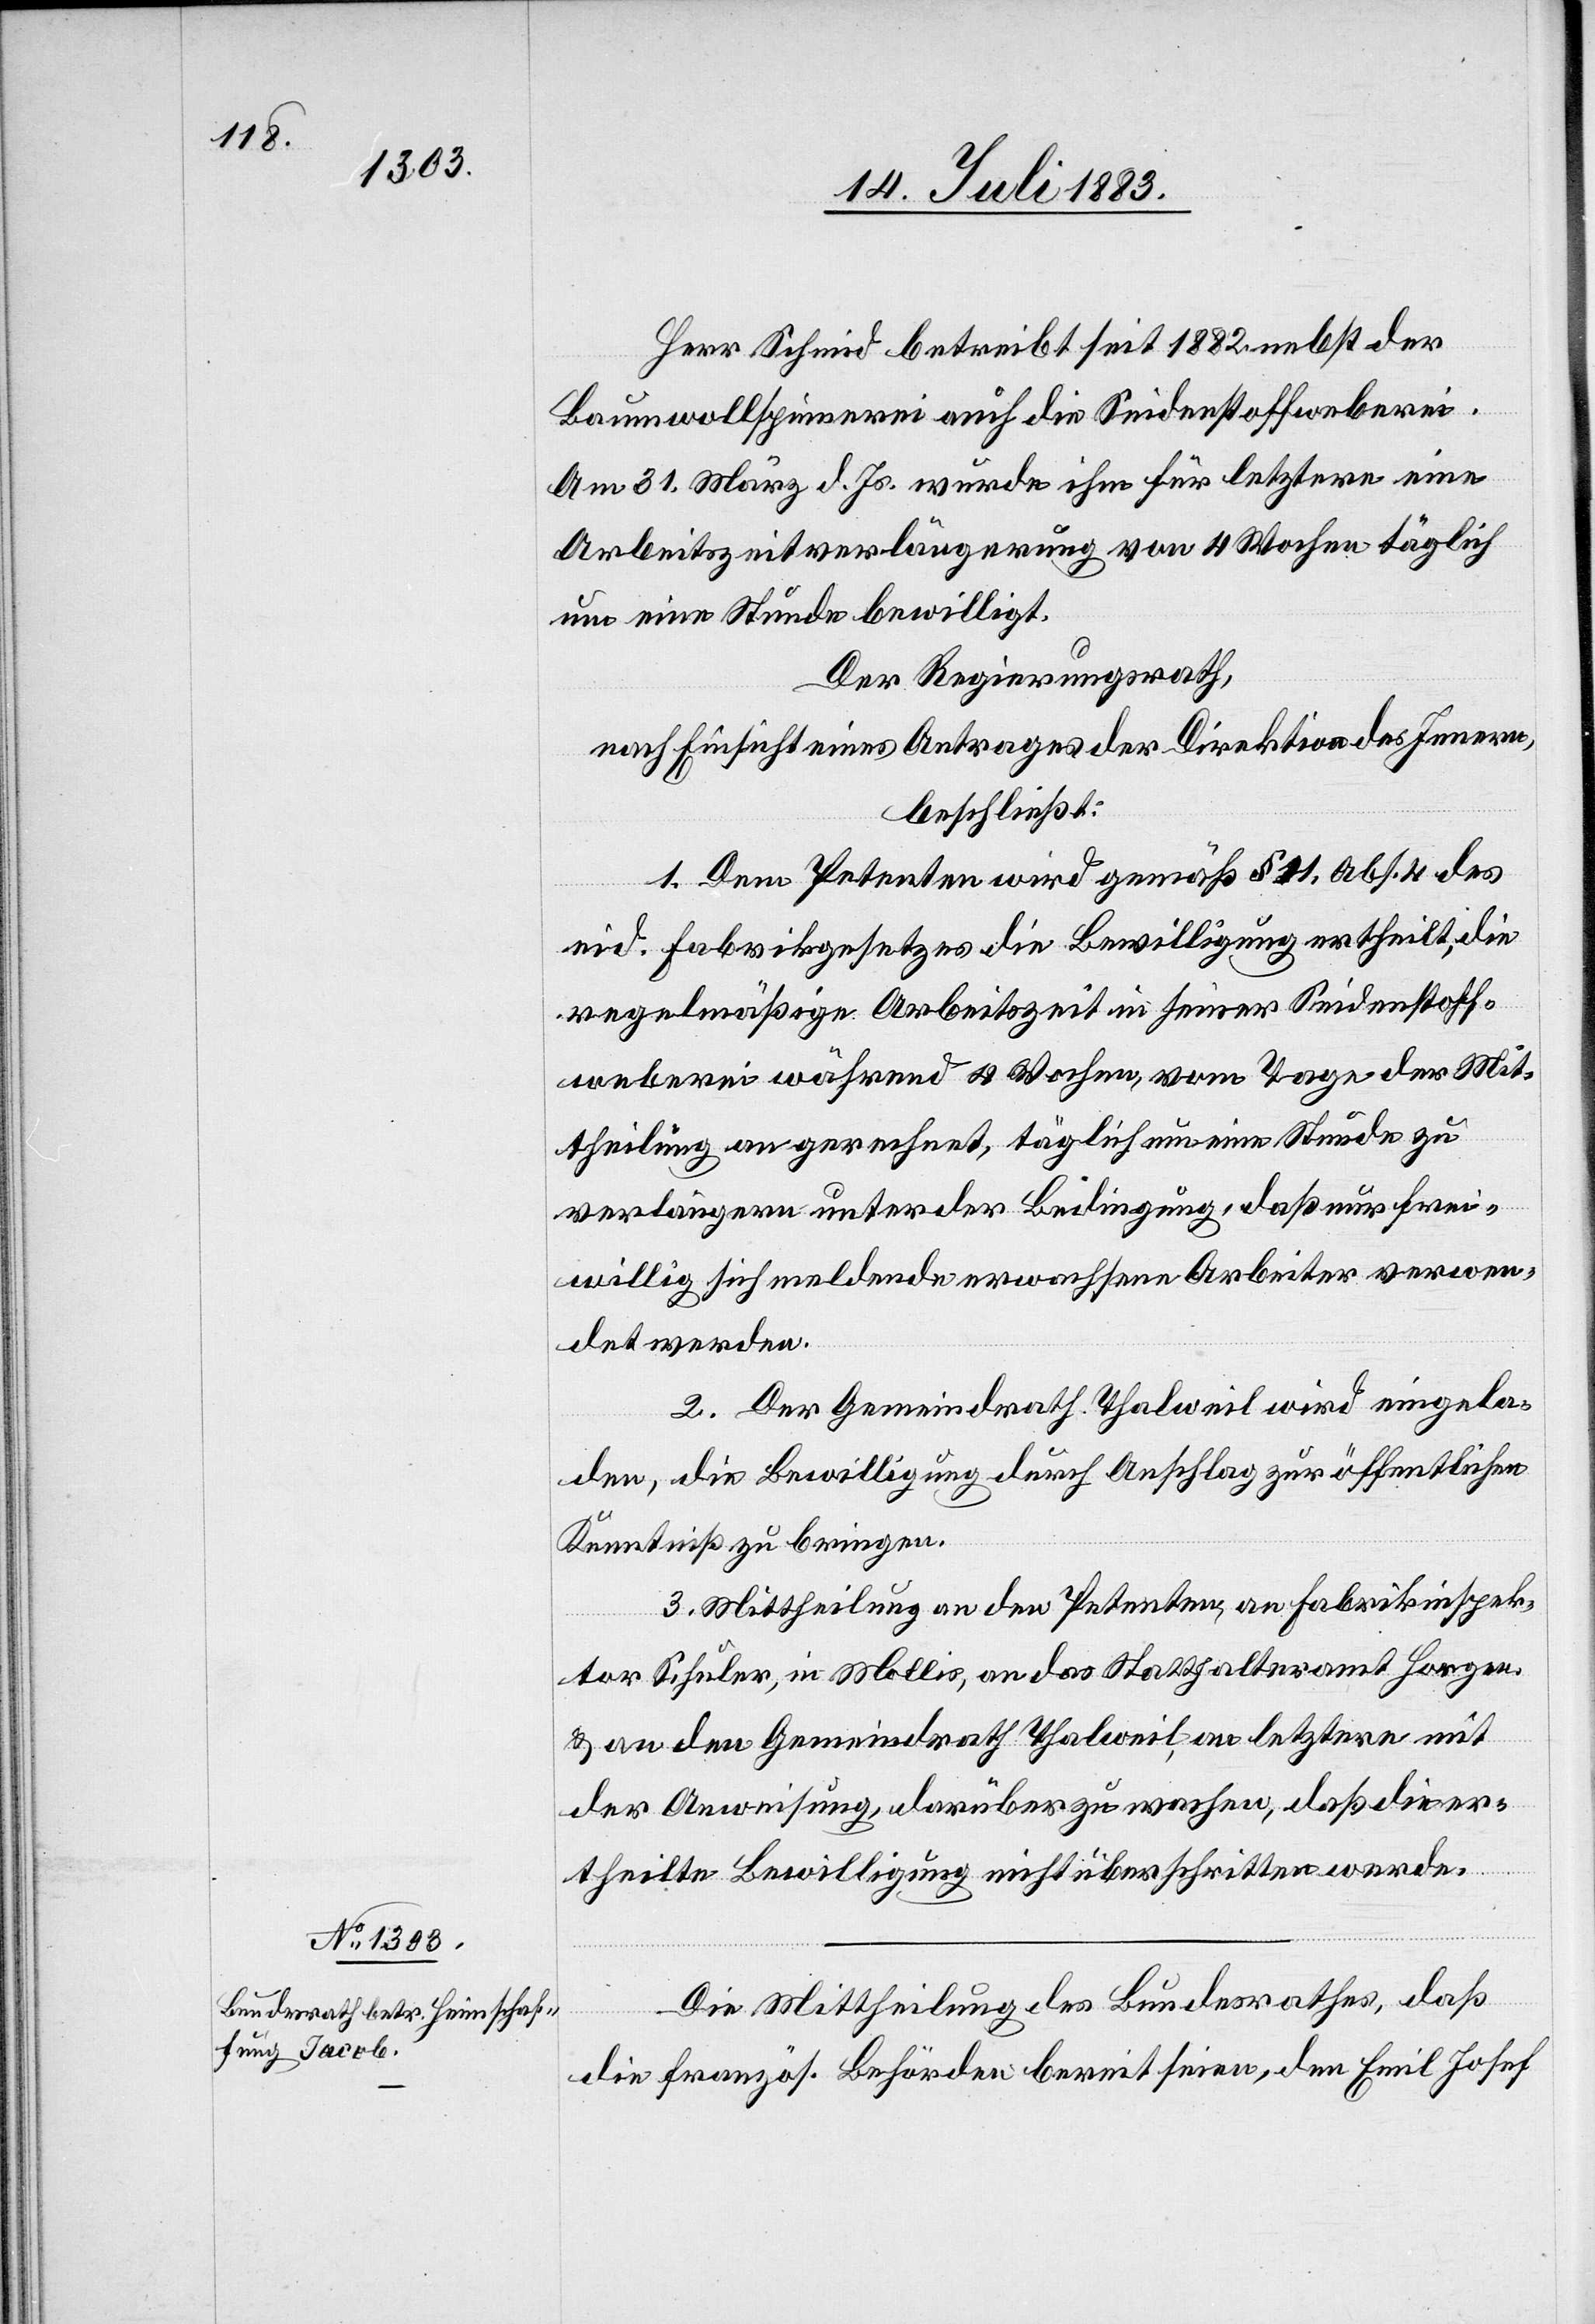
19. Juli 1883.]
Herr Schmid betreibt seit 1882 nebst der
Baumwollspinnerei auch die Seidenstoffweberei.
Am 31. März d. Js. wurde ihm für letztere eine
Arbeitszeitverlängerung von 4 Wochen täglich
um eine Stunde bewilligt.
Der Regierungsrath,
nach Einsicht eines Antrages der Direktion des Innern,
beschließt:
1. Dem Petenten wird gemäß § 21, Abs. 4 des
eid. Fabrikgesetzes die Bewilligung ertheilt, die
regelmäßige Arbeitszeit in seiner Seidenstoff¬
weberei während 4 Wochen, vom Tage der Mit¬
theilung an gerechnet, täglich um eine Stunde zu
verlängern unter der Bedingung, daß nur frei¬
willig sich meldende erwachsene Arbeiter verwen¬
det werden.
2. Der Gemeindrath Thalweil wird eingela¬
den, die Bewilligung durch Anschlag zur öffentlichen
Kenntniß zu bringen.
3. Mittheilung an den Petenten, an Fabrikinspek¬
tor Schuler, in Mollis, an das Statthalteramt Horgen
& an den Gemeindrath Thalweil, an letztere mit
der Anweisung, darüber zu wachen, daß die er¬
theilte Bewilligung nicht überschritten werde.
Die Mittheilung des Bundesrathes, daß
die französ. Behörden bereit seien, den Emil Josef